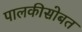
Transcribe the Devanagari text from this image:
पालकीसोबत